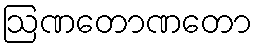
ဩဏတောဏတော